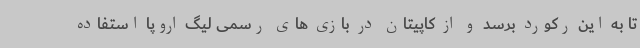
تا به این رکورد برسد و از کاپیتان در بازی های رسمی لیگ اروپا استفاده